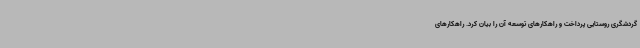
گردشگری روستایی پرداخت و راهکارهای توسعه آن را بیان کرد. راهکارهای